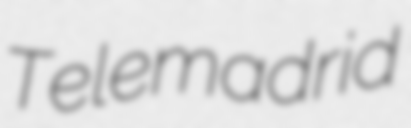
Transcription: Telemadrid